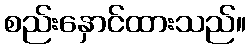
စည်းနှောင်ထားသည်။